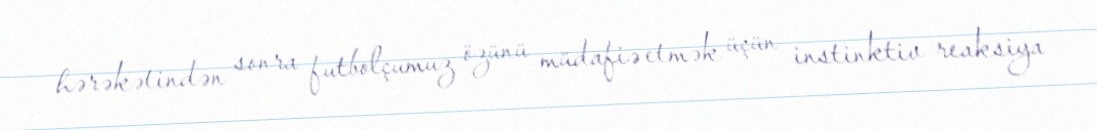
hərəkətindən sonra futbolçumuz özünü müdafiə etmək üçün instinktiv reaksiya